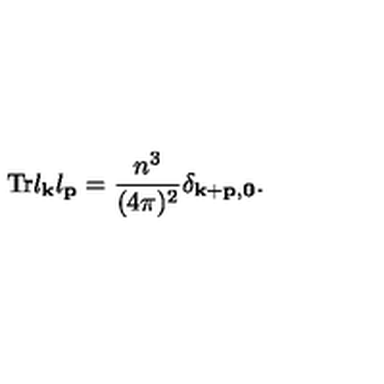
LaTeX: \mathrm { T r } l _ { \bf k } l _ { \bf p } = \frac { n ^ { 3 } } { ( 4 \pi ) ^ { 2 } } \delta _ { \bf k + p , 0 } .